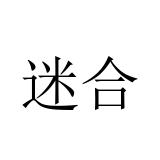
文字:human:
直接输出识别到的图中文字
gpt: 迷合